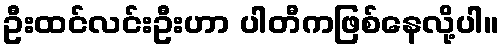
ဦးထင်လင်းဦးဟာ ပါတီကဖြစ်နေလို့ပါ။